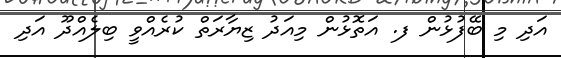
އަދި މި ބޭފުޅުން ފ. އަތޮޅުން މިއަދު ޒިޔާރަތް ކުރެއްވީ ބިލެއްދޫ އަދި